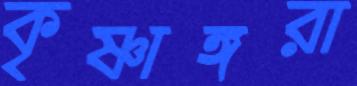
কৃষ্ণাঙ্গরা